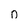
Character: 0